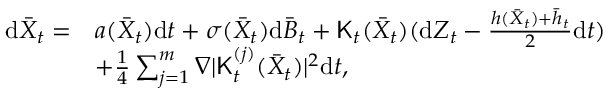
\begin{array} { r l } { \mathrm { d } \bar { X } _ { t } = } & { a ( \bar { X } _ { t } ) \mathrm { d } t + \sigma ( \bar { X } _ { t } ) \mathrm { d } \bar { B } _ { t } + { \sf K } _ { t } ( \bar { X } _ { t } ) ( \mathrm { d } Z _ { t } - \frac { h ( \bar { X } _ { t } ) + \bar { h } _ { t } } { 2 } \mathrm { d } t ) } \\ & { + \frac { 1 } { 4 } \sum _ { j = 1 } ^ { m } \nabla | { \sf K } _ { t } ^ { ( j ) } ( \bar { X } _ { t } ) | ^ { 2 } \mathrm { d } t , } \end{array}